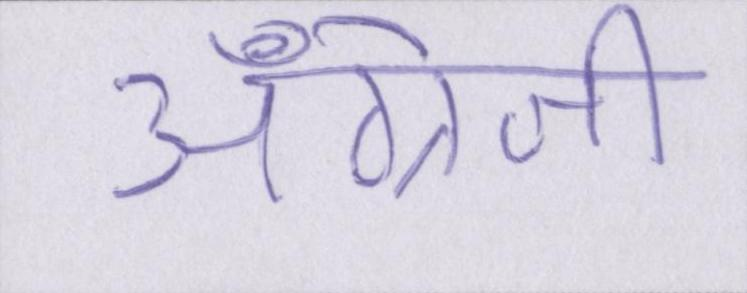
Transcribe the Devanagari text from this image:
अँग्रेजी